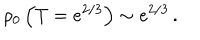
\rho _ { 0 } \left( T = e ^ { 2 / 3 } \right) \sim e ^ { 2 / 3 } \, .